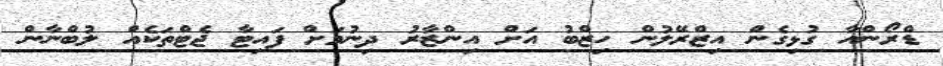
ޑްރޯންއާ ގުޅިގެން އިޒްރޭލުން ހިޒްބު އަށް އިންޒާރު ދިނުމަށް ފައިޓާ ޖެޓްތަކެއް ލުބްނާން